Production of alkali in liquid media by the Bacillus pestis - Number 33
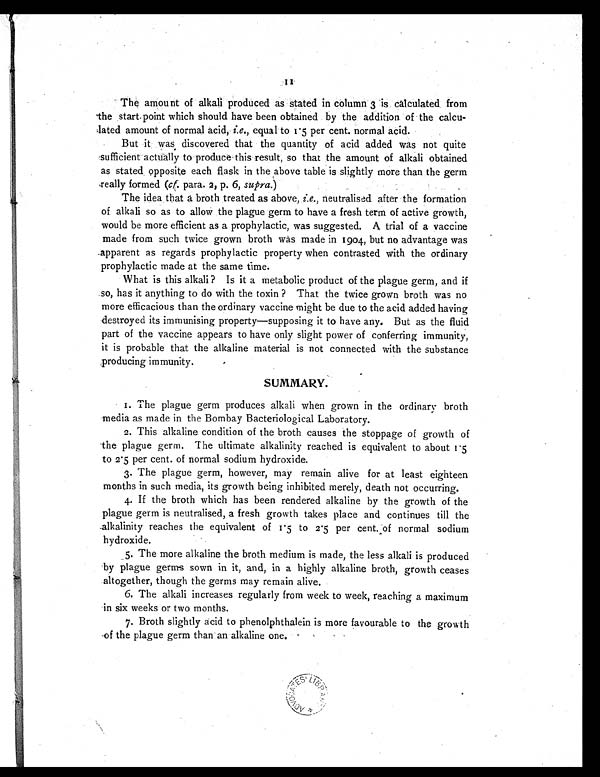
The amount of alkali produced as stated in column 3 is calculated, from
the start point which should have been obtained by the addition of the calcu-
lated amount of normal acid, i.e., equal to 1.5 per cent. normal acid.
But it was discovered that the quantity of acid added was not quite
sufficient actually to produce this result, so that the amount of alkali obtained
as stated opposite each flask in the above table is slightly more than the germ
really formed (cf. para. 2, p. 6, supra.)
The idea that a broth treated as above, i.e., neutralised after the formation
of alkali so as to allow the plague germ to have a fresh term of active growth,
would be more efficient as a prophylactic, was suggested. A trial of a vaccine
made from such twice grown broth was made in 1904, but no advantage was
apparent as regards prophylactic property when contrasted with the ordinary
prophylactic made at the same time.
What is this alkali ? Is it a metabolic product of the plague germ, and if
so, has it anything to do with the toxin ? That the twice grown broth was no
more efficacious than the ordinary vaccine might be due to the acid added having
destroyed its immunising property—supposing it to have any. But as the fluid
part of the vaccine appears to have only slight power of conferring immunity,
it is probable that the alkaline material is not connected with the substance
producing immunity.
SUMMARY.
1.The plague germ produces alkali when grown in the ordinary broth
media as made in the Bombay Bacteriological Laboratory.
2.This alkaline condition of the broth causes the stoppage of growth of
the plague germ. The ultimate alkalinity reached is equivalent to about 1.5
to 2.5 per cent. of normal sodium hydroxide.
3.The plague germ, however, may remain alive for at least eighteen
months in such media, its growth being inhibited merely, death not occurring.
4.If the broth which has been rendered alkaline by the growth of the
plague germ is neutralised, a fresh growth takes place and continues till the
alkalinity reaches the equivalent of 1.5 to 2.5 per cent. of normal sodium
hydroxide.
5.The more alkaline the broth medium is made, the less alkali is produced
by plague germs sown in it, and, in a highly alkaline broth, growth ceases
altogether, though the germs may remain alive.
6.The alkali increases regularly from week to week, reaching a maximum
in six week six weeks or two months.
7.Broth slightly acid to phenolphthalein is more favourable to the growth
of the plague germ than an alkaline one.